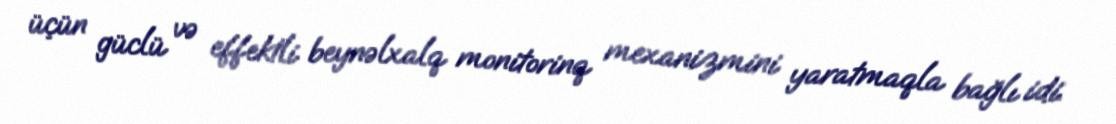
üçün güclü və effektli beynəlxalq monitorinq mexanizmini yaratmaqla bağlı idi.